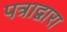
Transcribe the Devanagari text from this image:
पत्राद्वारा